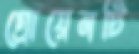
গ্রোয়েনটি